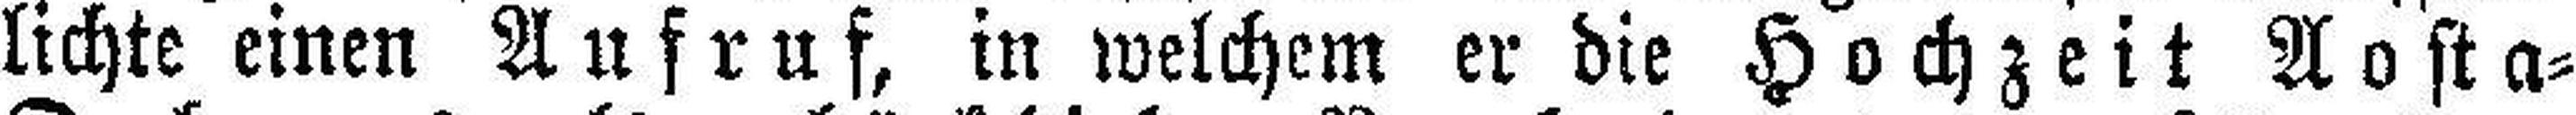
lichte einen Aufruf, in welchem er die Hochzeit Aosta=